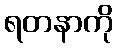
ရတနာကို